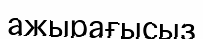
ажырағысыз